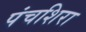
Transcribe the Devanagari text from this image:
पंचशिरा